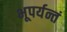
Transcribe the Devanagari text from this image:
भूपर्यन्तं